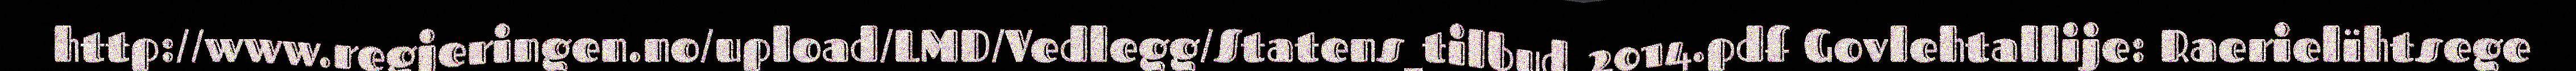
http://www.regjeringen.no/upload/LMD/Vedlegg/Statens_tilbud_2014.pdf Govlehtallije: Raerielïhtsege